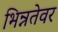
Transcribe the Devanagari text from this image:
भिन्नतेवर